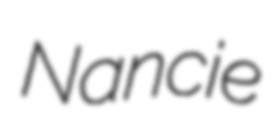
Nancie